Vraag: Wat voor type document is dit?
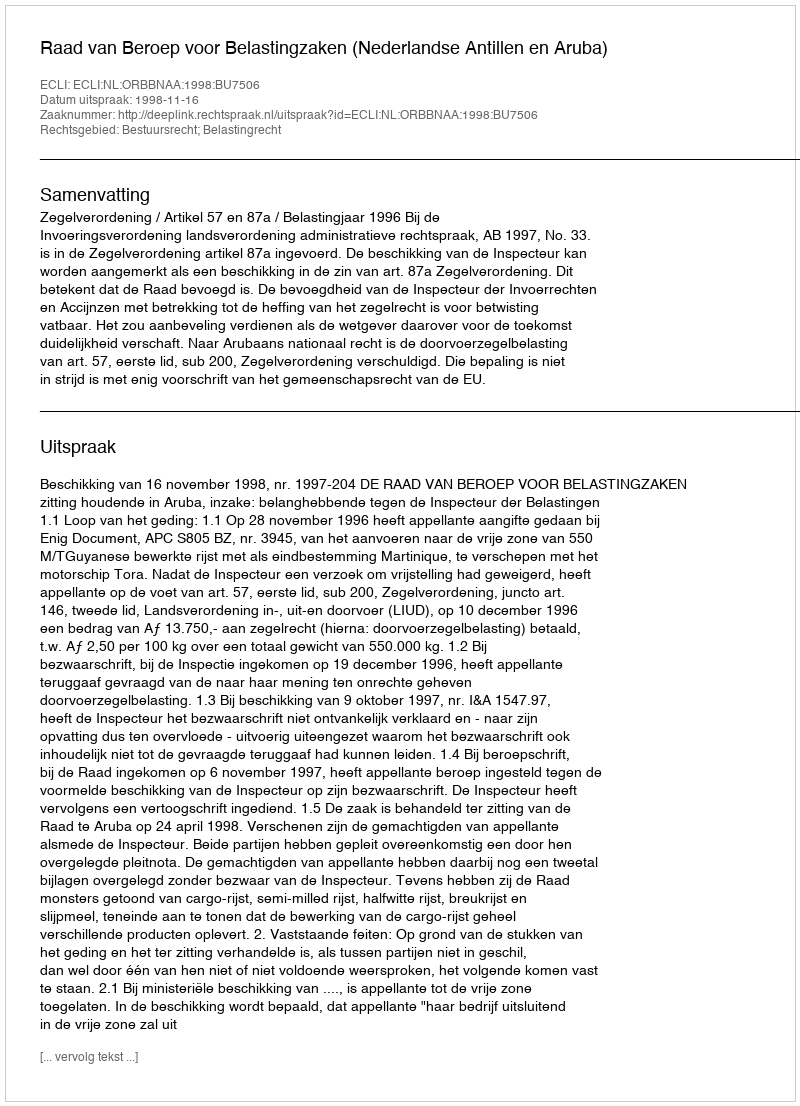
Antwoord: Uitspraak